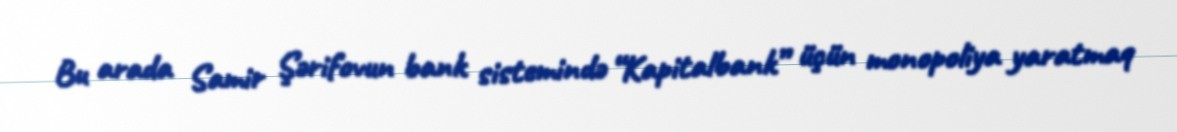
Bu arada Samir Şərifovun bank sistemində “Kapitalbank” üçün monopoliya yaratmaq